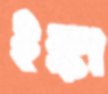
ইঙ্কা